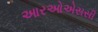
આરઓએસસી